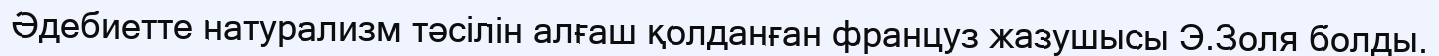
Әдебиетте натурализм тәсілін алғаш қолданған француз жазушысы Э.Золя болды.